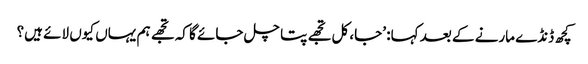
کچھ ڈنڈے مارنے کے بعد کہا: ’جا، کل تجھے پتا چل جائے گا کہ تجھے ہم یہاں کیوں لائے ہیں؟